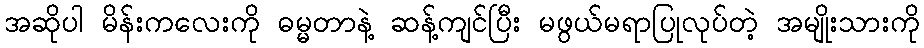
အဆိုပါ မိန်းကလေးကို ဓမ္မတာနဲ့ ဆန့်ကျင်ပြီး မဖွယ်မရာပြုလုပ်တဲ့ အမျိုးသားကို